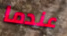
عندما